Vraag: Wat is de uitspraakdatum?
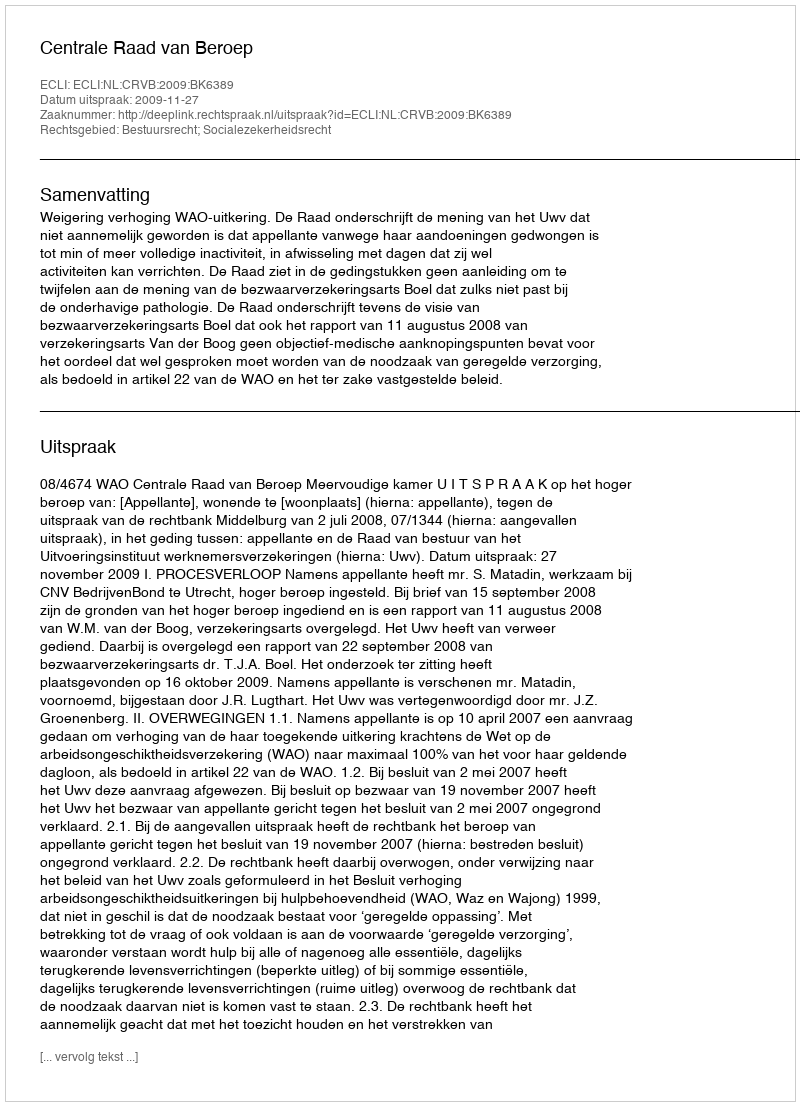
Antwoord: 2009-11-27